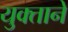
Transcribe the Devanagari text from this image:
युक्ताने